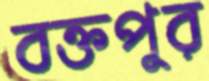
বক্তপুর